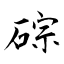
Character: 碂